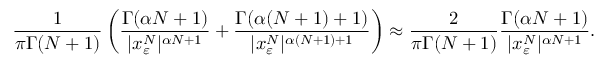
\frac { 1 } { \pi \Gamma ( N + 1 ) } \left( \frac { \Gamma ( \alpha N + 1 ) } { | x _ { \varepsilon } ^ { N } | ^ { \alpha N + 1 } } + \frac { \Gamma ( \alpha ( N + 1 ) + 1 ) } { | x _ { \varepsilon } ^ { N } | ^ { \alpha ( N + 1 ) + 1 } } \right) \approx \frac { 2 } { \pi \Gamma ( N + 1 ) } \frac { \Gamma ( \alpha N + 1 ) } { | x _ { \varepsilon } ^ { N } | ^ { \alpha N + 1 } } .